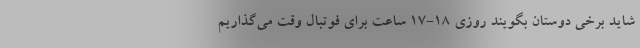
شاید برخی دوستان بگویند روزی 18-17 ساعت برای فوتبال وقت می‌گذاریم